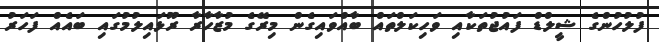
ފުލުހުންގެ ޝީލްޑް ފައުޖުތަކާއި ވަހިކަލްތައް ބާއްވައިގެން މިރޭގެ މުޒާހާރާ ރޫޅައިލުމުގައި ބައެއް ފަހަރު